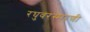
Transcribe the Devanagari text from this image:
रघुवरस्मरणी